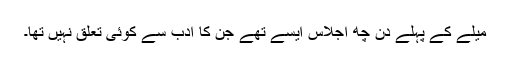
میلے کے پہلے دن چھ اجلاس ایسے تھے جن کا ادب سے کوئی تعلق نہیں تھا۔